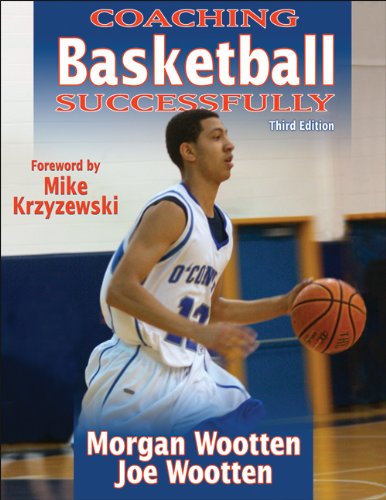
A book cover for Coaching Basketball Successfully - 3rd Edition; Morgan Wootten; Sports & Outdoors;